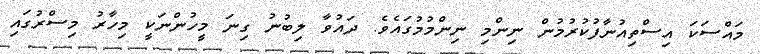
މައްސަކަ އިސްތިއުނާފުކުރުމުން ނިންމި ނިންމުމުގައެވެ. ދައުވާ ލިބުނު ގިނަ މީހުންނަކީ މިހާރު މިސްރުގައި